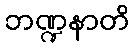
ဘဏ္ဍနာတိ